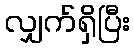
လျှက်ရှိပြီး